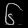
Digit: ၆